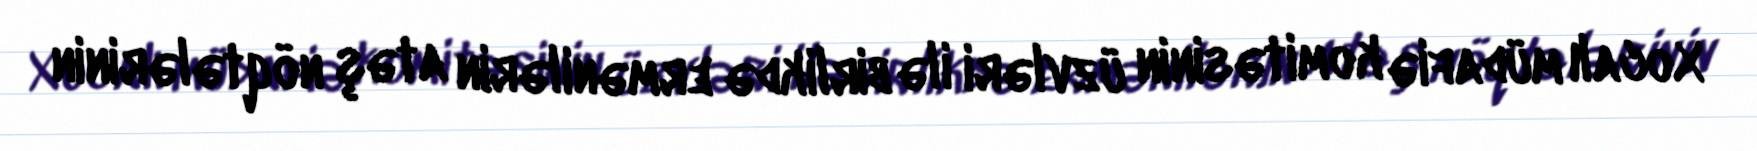
Xocalı müdafiə komitəsinin üzvləri ilə birlikdə ermənilərin atəş nöqtələrinin